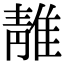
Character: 𨿬